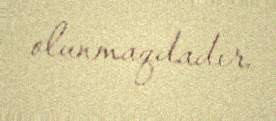
olunmaqdadır.